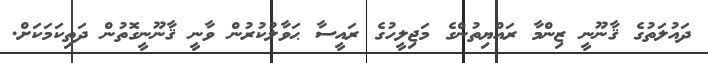
ދައުލަތުގެ ޤާނޫނީ ޒިންމާ ރައްޔިތުންގެ މަޖިލީހުގެ ރައީސާ ޙަވާލުކުރުން ވާނީ ޤާނޫނީގޮތުން ދަތިކަމަކަށް.